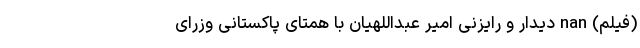
(فیلم) nan دیدار و رایزنی امیر عبداللهیان با همتای پاکستانی وزرای